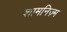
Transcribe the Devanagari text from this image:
शामनिज़्म